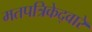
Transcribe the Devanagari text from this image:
मतपत्रिकेद्वारे